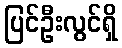
ပြင်ဦးလွင်ရှိ